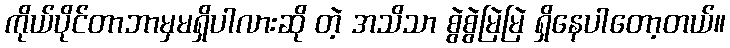
ကိုယ်ပိုင်တာဘာမှမရှိပါလားဆို တဲ့ အသိသာ စွဲစွဲမြဲမြဲ ရှိနေပါတော့တယ်။